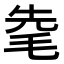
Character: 𣭟